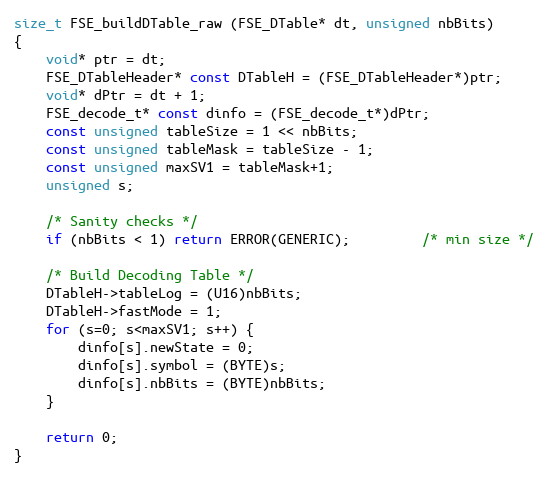
Language: C
size_t FSE_buildDTable_raw (FSE_DTable* dt, unsigned nbBits)
{
    void* ptr = dt;
    FSE_DTableHeader* const DTableH = (FSE_DTableHeader*)ptr;
    void* dPtr = dt + 1;
    FSE_decode_t* const dinfo = (FSE_decode_t*)dPtr;
    const unsigned tableSize = 1 << nbBits;
    const unsigned tableMask = tableSize - 1;
    const unsigned maxSV1 = tableMask+1;
    unsigned s;

    /* Sanity checks */
    if (nbBits < 1) return ERROR(GENERIC);         /* min size */

    /* Build Decoding Table */
    DTableH->tableLog = (U16)nbBits;
    DTableH->fastMode = 1;
    for (s=0; s<maxSV1; s++) {
        dinfo[s].newState = 0;
        dinfo[s].symbol = (BYTE)s;
        dinfo[s].nbBits = (BYTE)nbBits;
    }

    return 0;
}